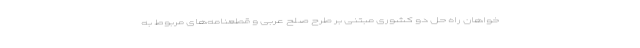
خواهان راه حل دو کشوری مبتنی بر طرح صلح عربی و قطعنامه‌های مربوط به